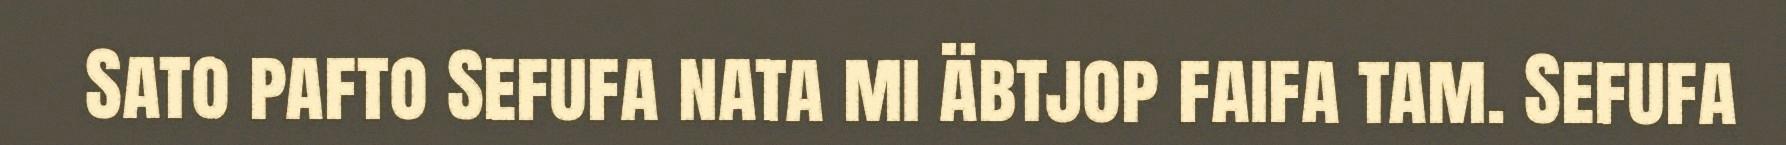
Sato pafto Sefufa nata mi äbtjop faifa tam. Sefufa